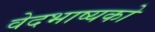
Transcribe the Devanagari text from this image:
वेदभाष्यको